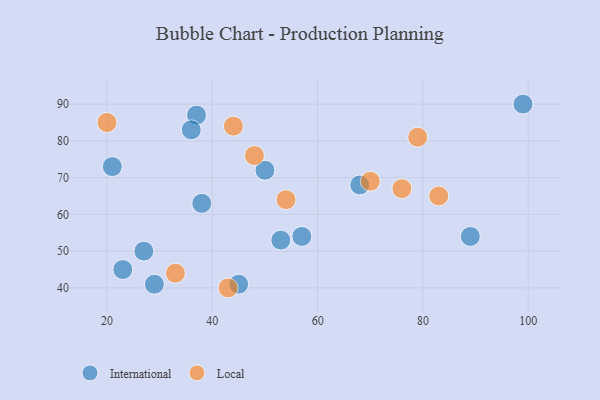
{"axis": {"x": "GDP", "y": "Life Expectancy"}, "legend": ["International", "Local"], "data": [{"x": "37", "y": 87, "type": "International"}, {"x": "45", "y": 41, "type": "International"}, {"x": "23", "y": 45, "type": "International"}, {"x": "50", "y": 72, "type": "International"}, {"x": "36", "y": 83, "type": "International"}, {"x": "57", "y": 54, "type": "International"}, {"x": "53", "y": 53, "type": "International"}, {"x": "99", "y": 90, "type": "International"}, {"x": "27", "y": 50, "type": "International"}, {"x": "29", "y": 41, "type": "International"}, {"x": "89", "y": 54, "type": "International"}, {"x": "21", "y": 73, "type": "International"}, {"x": "38", "y": 63, "type": "International"}, {"x": "68", "y": 68, "type": "International"}, {"x": "43", "y": 40, "type": "Local"}, {"x": "48", "y": 76, "type": "Local"}, {"x": "83", "y": 65, "type": "Local"}, {"x": "76", "y": 67, "type": "Local"}, {"x": "70", "y": 69, "type": "Local"}, {"x": "44", "y": 84, "type": "Local"}, {"x": "54", "y": 64, "type": "Local"}, {"x": "79", "y": 81, "type": "Local"}, {"x": "33", "y": 44, "type": "Local"}, {"x": "20", "y": 85, "type": "Local"}]}